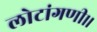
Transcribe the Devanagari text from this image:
लोटांगणी।।